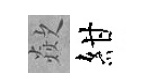
歘紺